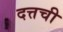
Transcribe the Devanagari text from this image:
दत्तची